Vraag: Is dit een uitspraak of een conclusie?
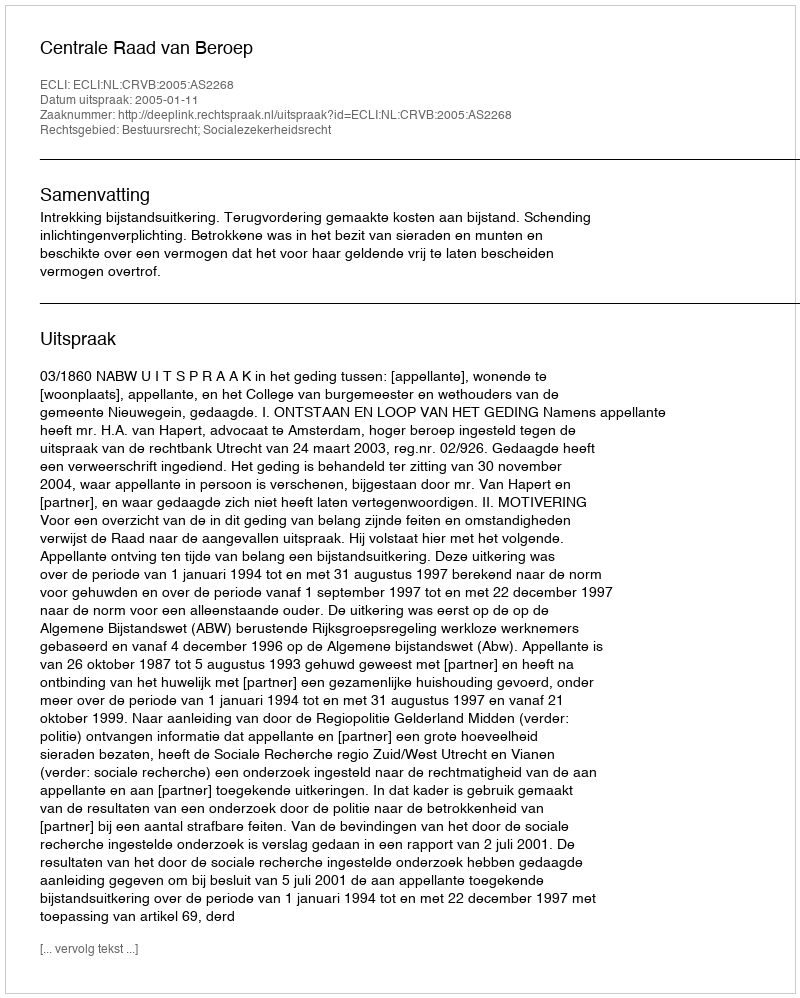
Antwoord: Uitspraak